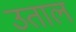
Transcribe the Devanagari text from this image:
उताल